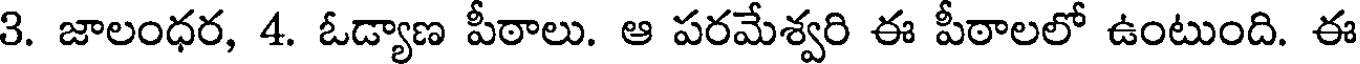
3. జాలంధర, 4. ఓడ్యాణ పీఠాలు. ఆ పరమేశ్వరి ఈ పీఠాలలో ఉంటుంది. ఈ